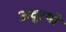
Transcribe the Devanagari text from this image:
अदुरथी